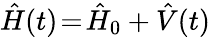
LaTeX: \hat{H}(t)\! =\! \hat{H}_{0}+\hat{V}(t)